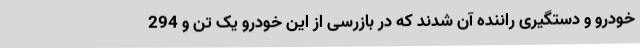
خودرو و دستگیری راننده آن شدند که در بازرسی از این خودرو یک تن و 294